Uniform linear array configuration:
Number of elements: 32
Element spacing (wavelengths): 0.25
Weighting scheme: blackman
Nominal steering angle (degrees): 15
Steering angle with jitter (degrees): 13.35
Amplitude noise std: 0.05
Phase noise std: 0.05

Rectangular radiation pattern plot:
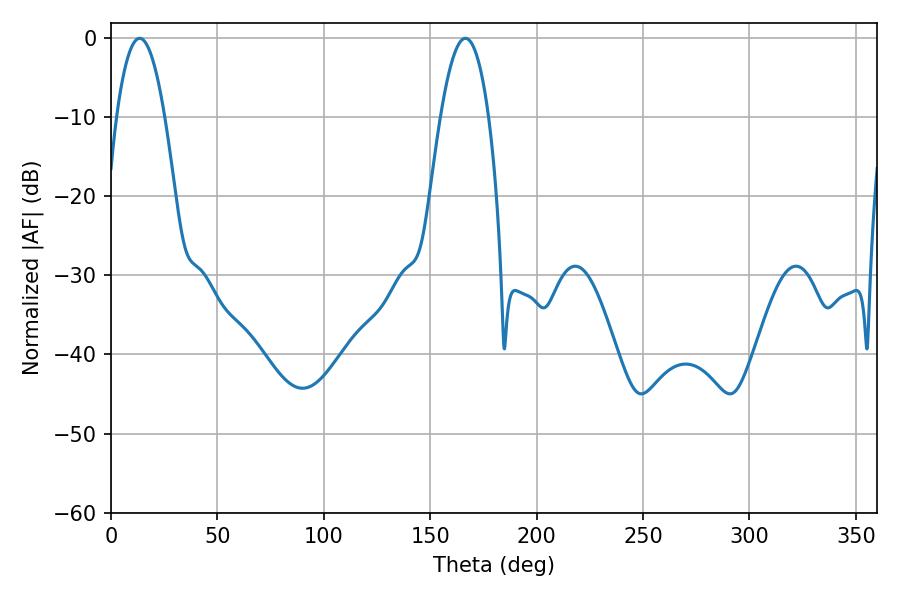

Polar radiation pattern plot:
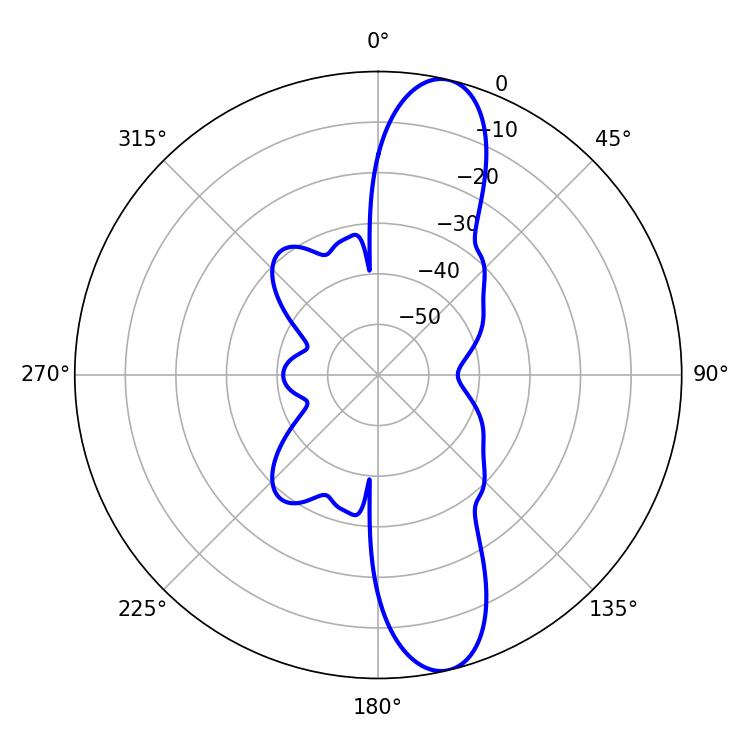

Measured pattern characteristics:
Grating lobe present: FALSE
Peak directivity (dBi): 12.575
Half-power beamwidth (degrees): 12.42
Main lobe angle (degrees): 13.5